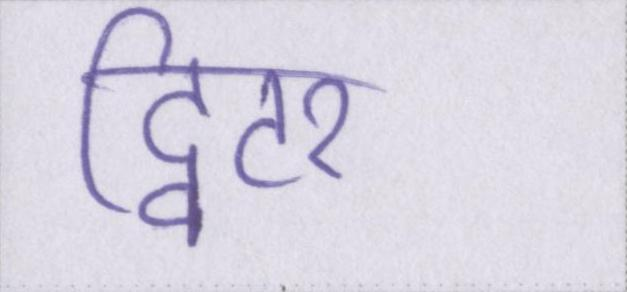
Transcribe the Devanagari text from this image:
ट्विटर